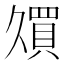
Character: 𫡠